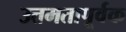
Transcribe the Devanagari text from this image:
उत्तमतापूर्वक